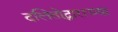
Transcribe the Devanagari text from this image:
दलितोद्धाराच्या